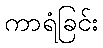
ကာရံခြင်း